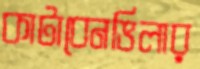
কাটাবেনভিলার